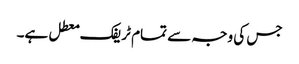
جس کی وجہ سے تمام ٹریفک معطل ہے۔